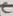
Text: C